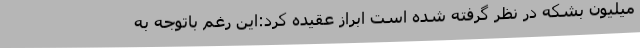
میلیون بشکه در نظر گرفته شده است ابراز عقیده کرد:این رغم باتوجه به